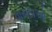
વાયદાઓ